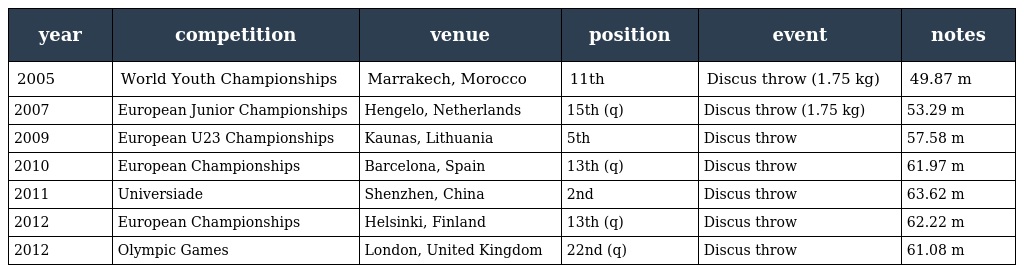
| year | competition | venue | position | event | notes |
 | --- | --- | --- | --- | --- | --- |
 | 2005 | World Youth Championships | Marrakech, Morocco | 11th | Discus throw (1.75 kg) | 49.87 m |
 | 2007 | European Junior Championships | Hengelo, Netherlands | 15th (q) | Discus throw (1.75 kg) | 53.29 m |
 | 2009 | European U23 Championships | Kaunas, Lithuania | 5th | Discus throw | 57.58 m |
 | 2010 | European Championships | Barcelona, Spain | 13th (q) | Discus throw | 61.97 m |
 | 2011 | Universiade | Shenzhen, China | 2nd | Discus throw | 63.62 m |
 | 2012 | European Championships | Helsinki, Finland | 13th (q) | Discus throw | 62.22 m |
 | 2012 | Olympic Games | London, United Kingdom | 22nd (q) | Discus throw | 61.08 m |